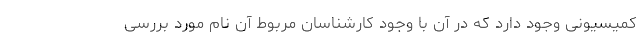
کمیسیونی وجود دارد که در آن با وجود کارشناسان مربوط آن نام مورد بررسی